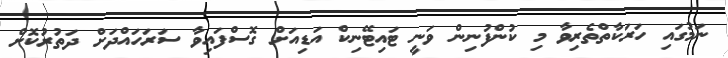
ނަމުގައި ހަރަކާތްތެރިވާ މި ކުންފުނިން ވަނީ ޓައިޓޭނިކް އަޑިއަށް ގޮސްފައިވާ ސަރަހައްދަށް ދަތުރުކޮށް